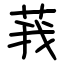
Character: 莪